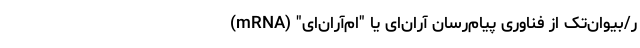
ر/بیواِن‌تک از فناوری پیام‌رسان آر‌ان‌ای یا "ام‌آر‌ان‌ای" (mRNA)